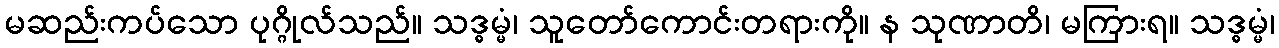
မဆည်းကပ်သော ပုဂ္ဂိုလ်သည်။ သဒ္ဓမ္မံ၊ သူတော်ကောင်းတရားကို။ န သုဏာတိ၊ မကြားရ။ သဒ္ဓမ္မံ၊